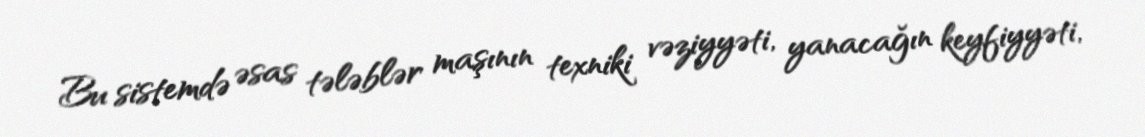
Bu sistemdə əsas tələblər maşının texniki vəziyyəti, yanacağın keyfiyyəti,